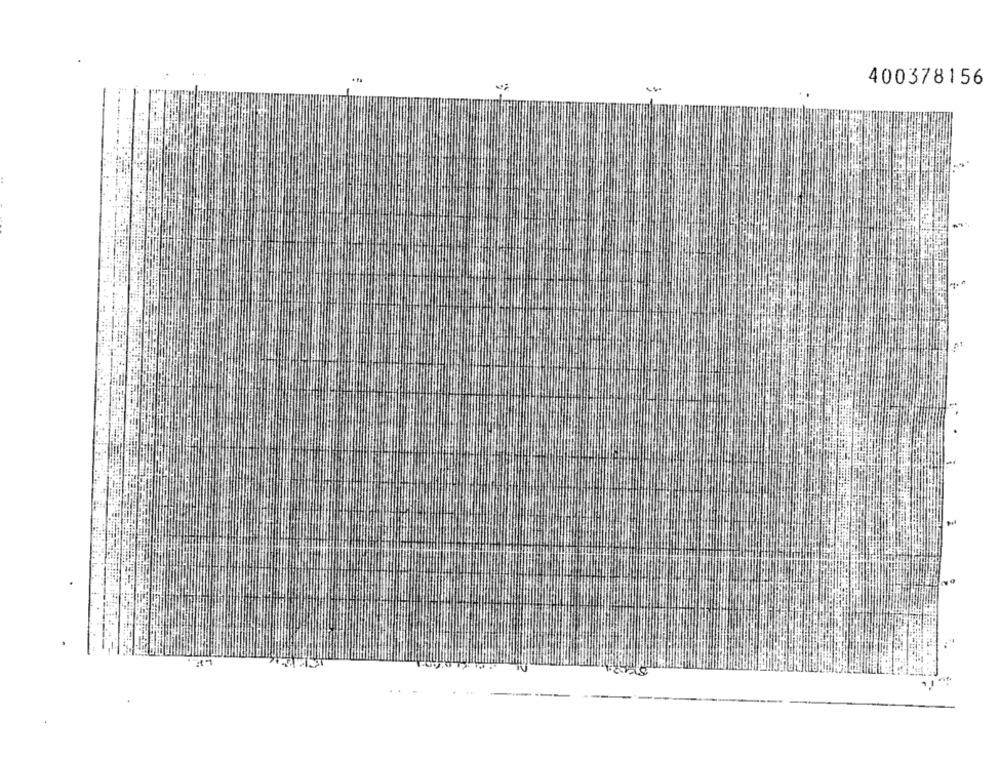
400378156
-
-
. .